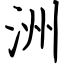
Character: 洲